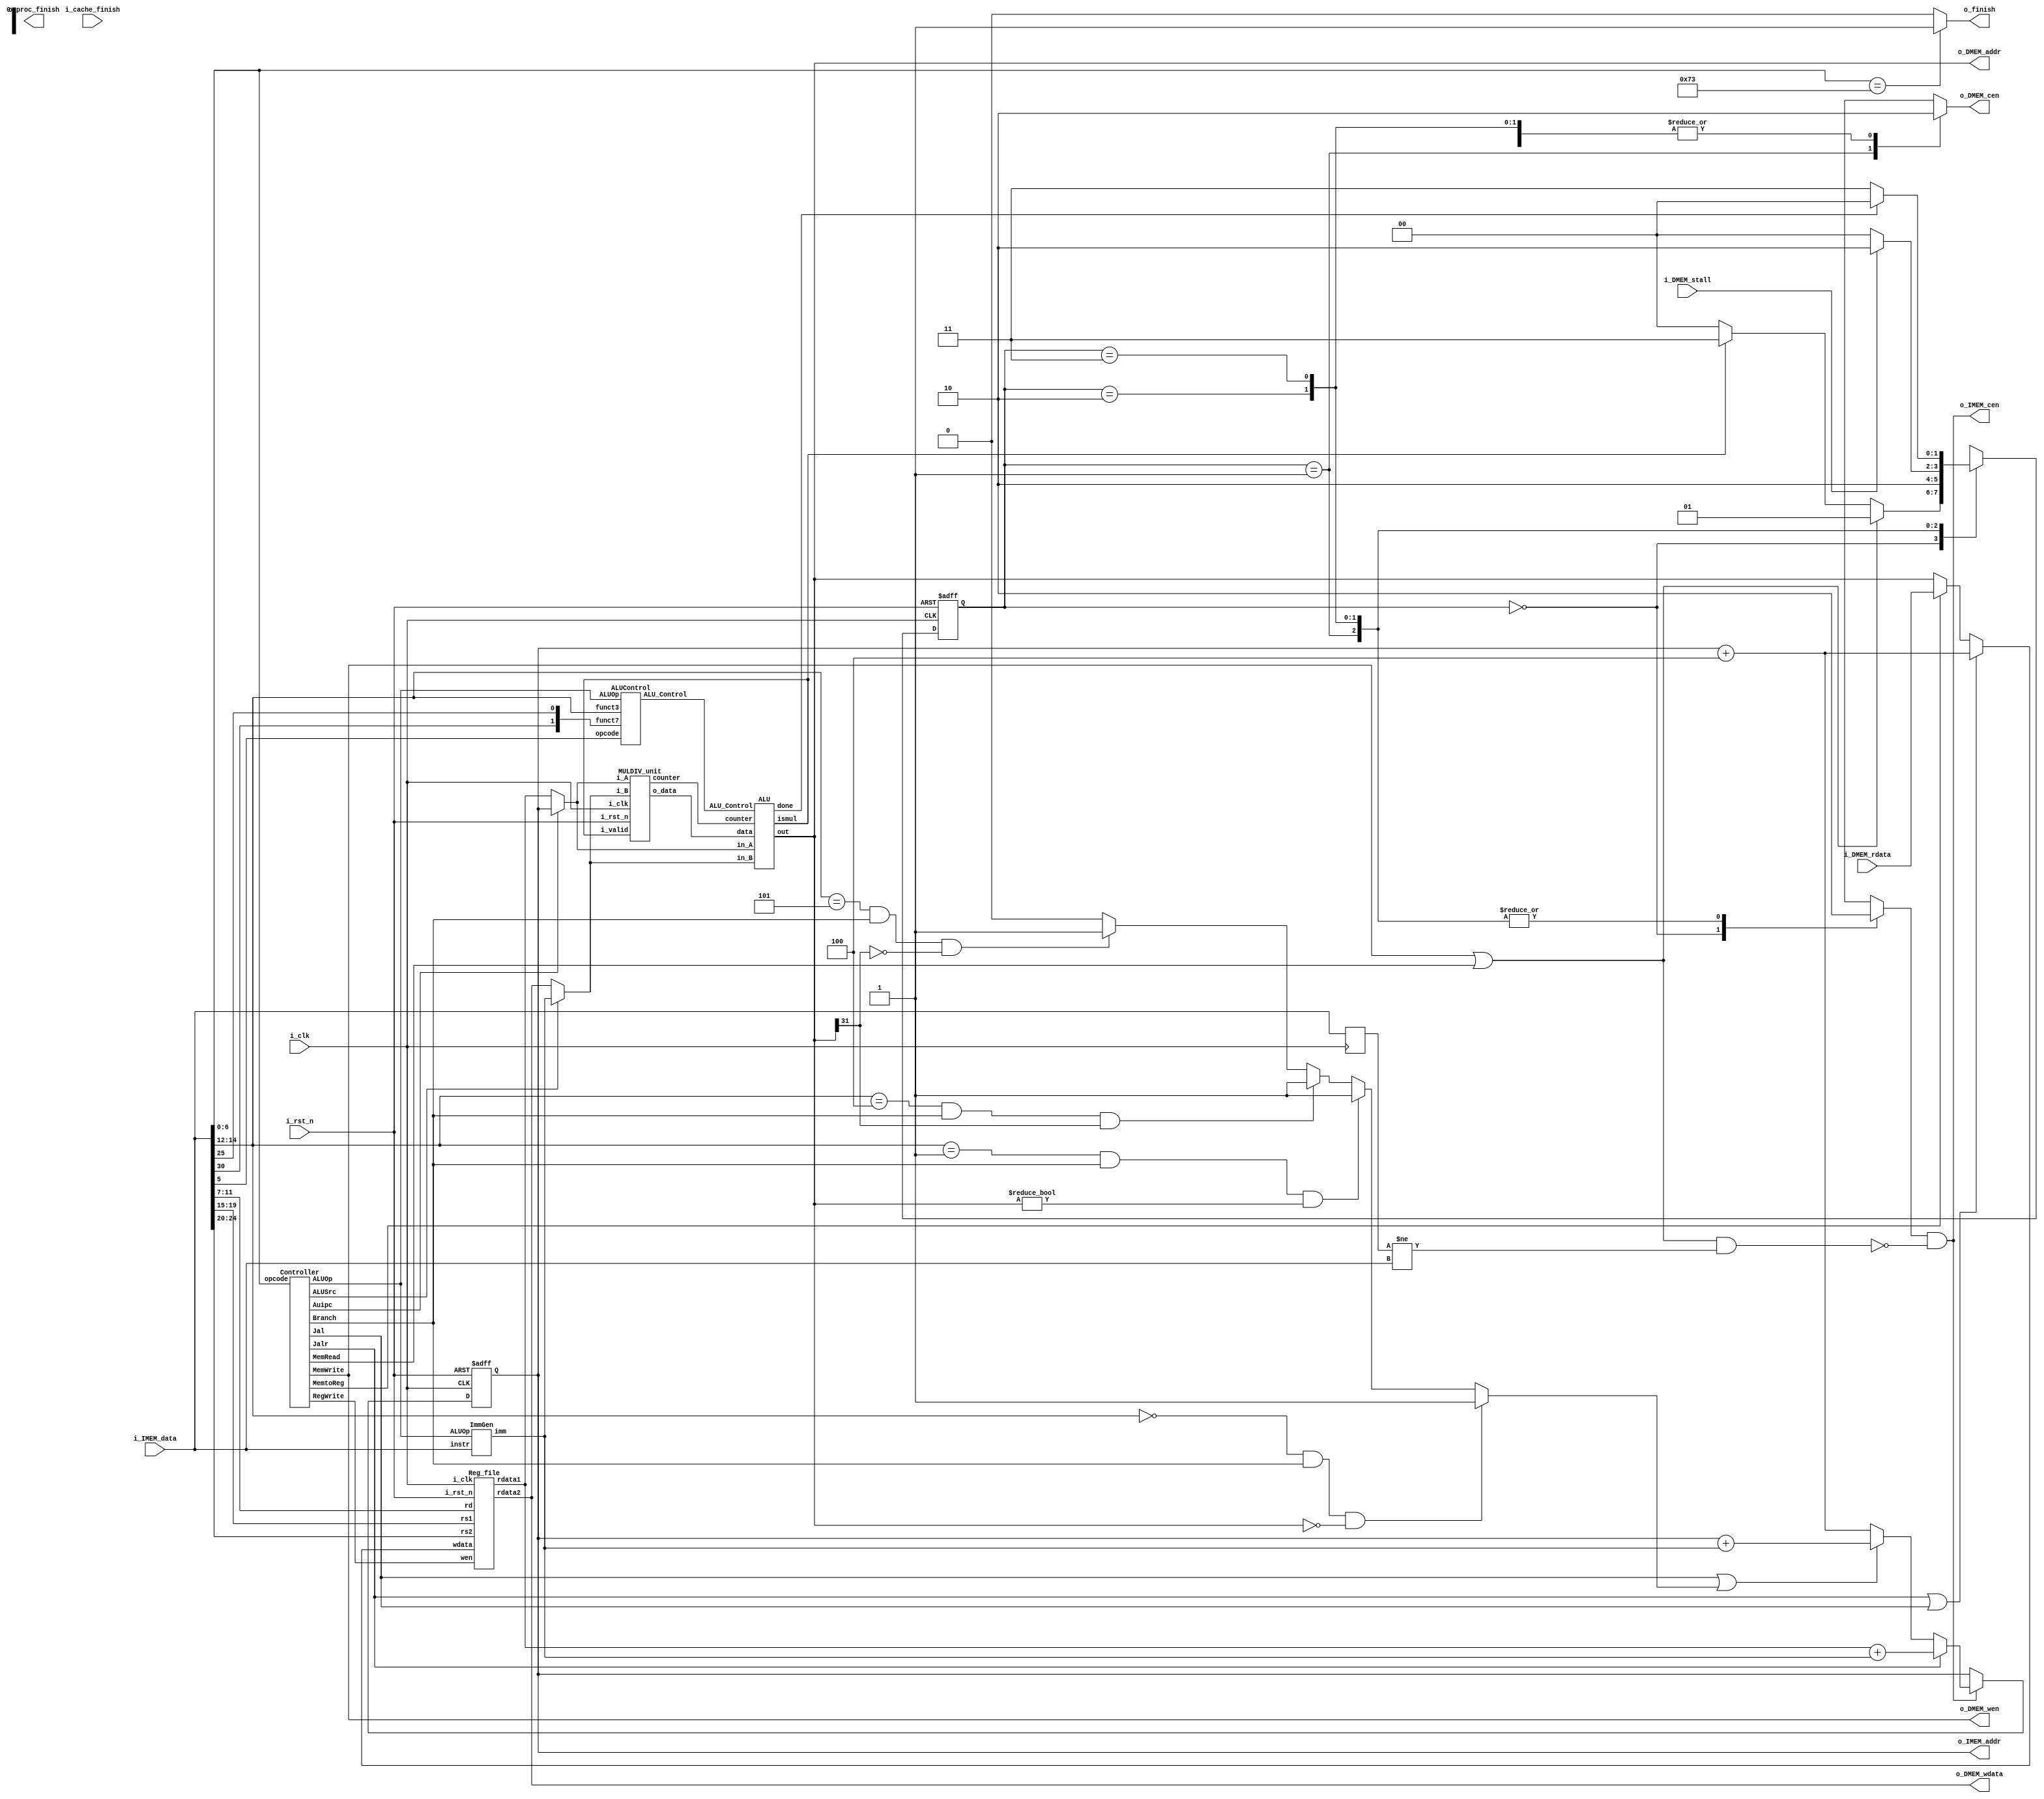
//----------------------------- DO NOT MODIFY THE I/O INTERFACE!! ------------------------------//
module CHIP #(                                                                                  //
    parameter BIT_W = 32                                                                        //
)(                                                                                              //
    // clock                                                                                    //
        input               i_clk,                                                              //
        input               i_rst_n,                                                            //
    // instruction memory                                                                       //
        input  [BIT_W-1:0]  i_IMEM_data,                                                        //
        output [BIT_W-1:0]  o_IMEM_addr,                                                        //
        output              o_IMEM_cen,                                                         //
    // data memory                                                                              //
        input               i_DMEM_stall,                                                       //
        input  [BIT_W-1:0]  i_DMEM_rdata,                                                       //
        output              o_DMEM_cen,                                                         //
        output              o_DMEM_wen,                                                         //
        output [BIT_W-1:0]  o_DMEM_addr,                                                        //
        output [BIT_W-1:0]  o_DMEM_wdata,                                                       //
    // finnish procedure                                                                        //
        output              o_finish,                                                           //
    // cache                                                                                    //
        input               i_cache_finish,                                                     //
        output              o_proc_finish                                                       //
);                                                                                              //
//----------------------------- DO NOT MODIFY THE I/O INTERFACE!! ------------------------------//

// ------------------------------------------------------------------------------------------------------------------------------------------------------
// Parameters
// ------------------------------------------------------------------------------------------------------------------------------------------------------

    // TODO: any declaration

// ------------------------------------------------------------------------------------------------------------------------------------------------------
// Wires and Registers
// ------------------------------------------------------------------------------------------------------------------------------------------------------
    
    // TODO: any declaration
    reg [BIT_W-1:0] PC, PC_plus4, PC_plusimm, PC_branch, PC_nxt;
    reg [1:0] state, state_nxt;
    reg dcen,icen;
    reg [31:0] instruc_delay;
    reg fin_sig;
    
    
    wire [BIT_W-1:0] mem_addr, mem_wdata, mem_rdata;
    wire alusrc,memtoreg,regwrite,memread,memwrite,branch,jal,jalr,auipc;
    wire [1:0] aluop;
    wire [31:0] imm;
    wire [2:0] alu_control;
    wire [31:0] in_A,in_B;
    wire [31:0] rd1;
    wire [31:0] MtoR,wd,MtoR_nxt;
    wire jump;
    wire block;
    wire [6:0] counter;
    wire alu_mul;
    wire [63:0] o_data;
    wire alu_done;
    wire new;

    
    
// ------------------------------------------------------------------------------------------------------------------------------------------------------
// Continuous Assignment
    assign in_A = (auipc)? PC : rd1;
    assign in_B = (alusrc)? imm : o_DMEM_wdata;
    assign MtoR = (memtoreg)? i_DMEM_rdata : o_DMEM_addr;
    assign wd = (jalr | jal)? PC_plus4 : MtoR;
    assign o_IMEM_addr = PC;
    assign jump = (i_IMEM_data[14:12] == 3'b000 && branch ==1 && o_DMEM_addr ==0)? 1: //jump
                  (i_IMEM_data[14:12] == 3'b001 && branch ==1 && o_DMEM_addr !=0)? 1:
                  (i_IMEM_data[14:12] == 3'b100 && branch ==1 && o_DMEM_addr[31] ==1)? 1:
                  (i_IMEM_data[14:12] == 3'b101 && branch ==1 && o_DMEM_addr[31] ==0)? 1:0;
    assign o_DMEM_wen = memwrite;
    assign o_IMEM_cen = icen&(~block);
    assign o_DMEM_cen = dcen;
    assign block = (memwrite | memread)&(new);
    assign new = (instruc_delay != i_IMEM_data);
    assign o_finish = fin_sig;

    

// ------------------------------------------------------------------------------------------------------------------------------------------------------

    // TODO: any wire assignment

// ------------------------------------------------------------------------------------------------------------------------------------------------------
// Submoddules

    ImmGen imm_gen_unit(
        .instr(i_IMEM_data), 
        .ALUOp(aluop), 
        .imm(imm)
    );

    Controller control_unit(
        .opcode(i_IMEM_data[6:0]), 
        .ALUSrc(alusrc), 
        .MemtoReg(memtoreg), 
        .RegWrite(regwrite), 
        .MemRead(memread), 
        .MemWrite(memwrite), 
        .Branch(branch), 
        .Jal(jal), 
        .Jalr(jalr),
        .ALUOp(aluop),
        .Auipc(auipc)
    );

    ALUControl alu_control_unit(
        .ALUOp(aluop), 
        .funct7({i_IMEM_data[30],i_IMEM_data[25]}), 
        .funct3(i_IMEM_data[14:12]), 
        .opcode(i_IMEM_data[5]),
        .ALU_Control(alu_control)
    );

    ALU alu_unit(
        .ALU_Control(alu_control), 
        .in_A(in_A), 
        .in_B(in_B), 
        .out(o_DMEM_addr),
        .counter(counter),
        .data(o_data),
        .done(alu_done),
        .ismul(alu_mul)
    );


    MULDIV_unit mul(
        .i_clk(i_clk), 
        .i_rst_n(i_rst_n), 
        .i_valid(alu_mul), 
        .i_A(in_A), 
        .i_B(in_B), 
        .o_data(o_data), 
        .counter(counter)
    );


// ------------------------------------------------------------------------------------------------------------------------------------------------------

    // TODO: Reg_file wire connection
    Reg_file reg0(               
        .i_clk  (i_clk),             
        .i_rst_n(i_rst_n),         
        .wen    (regwrite),          
        .rs1    (i_IMEM_data[19:15]),                
        .rs2    (i_IMEM_data[24:20]),                
        .rd     (i_IMEM_data[11:7]),                 
        .wdata  (wd),             
        .rdata1 (rd1),           
        .rdata2 (o_DMEM_wdata)
    );

// ------------------------------------------------------------------------------------------------------------------------------------------------------
// Always Blocks
    // FSM
    always @(*) begin//state handle for mem or not
        case(state)
            2'b00  : begin// IF
                    icen = 1;
                    dcen = 0;
                    if(memwrite | memread) state_nxt = 2'b01;
                    else if(alu_mul) state_nxt = 2'b11;
                    else state_nxt = 2'b00;
                    end
            2'b01   : begin// MEM
                    icen = 0;
                    dcen = 1;
                    state_nxt = 2'b10;       
                    end
            2'b10   : begin// wait for data mem
                    icen = 0;
                    dcen = 0;
                    if(i_DMEM_stall) state_nxt = 2'b10;
                    else state_nxt = 2'b00;  
                    end
            2'b11   : begin// others
                    icen = 0;
                    dcen = 0;
                    if(alu_done) state_nxt = 2'b00;
                    else state_nxt = 2'b11;   
                    end          
            default : begin
                    icen = 0;
                    dcen = 0;
                    state_nxt = 2'b00; 
                    end
        endcase
    end
    always @(*) begin//PC handle next PC and  branch PC
        if(o_IMEM_cen) begin // load instruction
            PC_plus4 = PC + 4;
            PC_plusimm = PC + $signed(imm);
            if(jal || jump) PC_branch = PC_plusimm;
            else PC_branch = PC_plus4;
            if(jalr) PC_nxt = $signed(rd1) + $signed(imm);
            else PC_nxt = PC_branch;
        end
        else begin // not load instruction
            PC_nxt = PC;
            PC_plus4 = PC + 4;
            PC_plusimm = PC + $signed(imm);
            if(jal || jump) PC_branch = PC_plusimm;
            else PC_branch = PC_plus4;
        end

    end

    always @(*) begin
        if (i_IMEM_data[6:0] == 7'b1110011) fin_sig = 1'd1;
        else fin_sig = 1'd0;
    end
// ------------------------------------------------------------------------------------------------------------------------------------------------------
    
    // Todo: any combinational/sequential circuit

    always @(posedge i_clk or negedge i_rst_n) begin
        if (!i_rst_n) begin
            PC <= 32'h00010000; // Do not modify this value!!!
            state <= 2'b00;
        end
        else begin
            PC <= PC_nxt;
            state <= state_nxt;
        end
    end


    always @(posedge i_clk) begin
        instruc_delay <= i_IMEM_data;
    end


endmodule

module Reg_file(i_clk, i_rst_n, wen, rs1, rs2, rd, wdata, rdata1, rdata2);
   
    parameter BITS = 32;
    parameter word_depth = 32;
    parameter addr_width = 5; // 2^addr_width >= word_depth
    
    input i_clk, i_rst_n, wen; // wen: 0:read | 1:write
    input [BITS-1:0] wdata;
    input [addr_width-1:0] rs1, rs2, rd;

    output [BITS-1:0] rdata1, rdata2;

    reg [BITS-1:0] mem [0:word_depth-1];
    reg [BITS-1:0] mem_nxt [0:word_depth-1];

    integer i;

    assign rdata1 = mem[rs1];
    assign rdata2 = mem[rs2];

    always @(*) begin
        for (i=0; i<word_depth; i=i+1) 
            mem_nxt[i] = (wen && (rd == i)) ? wdata : mem[i];
    end

    always @(posedge i_clk or negedge i_rst_n) begin
        if (!i_rst_n) begin
            mem[0] <= 0;
            for (i=1; i<word_depth; i=i+1) begin
                case(i)
                    32'd2: mem[i] <= 32'hbffffff0;
                    32'd3: mem[i] <= 32'h10008000;
                    default: mem[i] <= 32'h0;
                endcase
            end
        end
        else begin
            mem[0] <= 0;
            for (i=1; i<word_depth; i=i+1)
                mem[i] <= mem_nxt[i];
        end       
    end
endmodule

module MULDIV_unit(i_clk, i_rst_n, i_valid, i_A, i_B, o_data, counter);
    input          i_clk;
    input          i_rst_n;
    input          i_valid;
    input  [31:0]  i_A;
    input  [31:0]  i_B;
    output [63:0]  o_data;
    output reg [6:0] counter;
    // Parameters
    // ======== choose your FSM style ==========
    // 1. FSM based on operation cycles
    parameter S_IDLE           = 2'd0;
    parameter S_MULTI_CYCLE_OP = 2'd1;

// Wires & Regs
    // Todo
    reg [6:0] counter_nxt;
    reg [63:0] ans;
    reg [63:0] ans_nxt;
    // state
    reg  [         1: 0] state, state_nxt; // remember to expand the bit width if you want to add more states!
    // load input
    reg  [  31: 0] operand_a, operand_a_nxt;
    reg  [  31: 0] operand_b, operand_b_nxt;

// Wire Assignments
    // Todo
    assign o_data = ans;
// Always Combination
    // load input
    always @(*) begin
        if (i_valid) begin
            operand_a_nxt = i_A;
            operand_b_nxt = i_B;
        end
        else begin
            operand_a_nxt = operand_a;
            operand_b_nxt = operand_b;
        end
    end
    // Todo: FSM
    always @(*) begin
        case(state)
            S_IDLE           : 
            begin
                if (i_valid == 1)
                begin
                    state_nxt = S_MULTI_CYCLE_OP;
                end
                else state_nxt = state;
            end
            S_MULTI_CYCLE_OP : state_nxt = (counter == 6'd32)? S_IDLE : S_MULTI_CYCLE_OP;
            default : state_nxt = state;
        endcase
    end
    // Todo: Counter
    always @(*)
    begin
        if (state == S_IDLE) counter_nxt = 6'd0;
        else counter_nxt = counter + 1;
    end
    // Todo: ALU output
    always @(*)
    begin
        if (state == S_MULTI_CYCLE_OP) begin
            if (counter == 0)
            begin
                ans_nxt[30:0] = operand_a[31:1];
                if (operand_a[0] == 1) 
                begin
                    ans_nxt[62:31] = operand_b;
                    ans_nxt[63] = 1'd0;
                end
                else ans_nxt[63:31] = 33'd0;
            end

            else
            begin
                ans_nxt[62:0] = ans[63:1];
                if (ans[0] == 1) ans_nxt[63:31] = ans[63:32] + operand_b;
                else 
                begin
                    ans_nxt[63] = 1'd0;
                end
            end
        end
        else ans_nxt = 64'd0;
        
    end
    // Todo: output valid signal
    

    // Todo: Sequential always block
    always @(posedge i_clk or negedge i_rst_n) begin
        if (!i_rst_n) begin
            state       <= S_IDLE;
            operand_a   <= 0;
            operand_b   <= 0;
        end
        else begin
            state       <= state_nxt;
            operand_a   <= operand_a_nxt;
            operand_b   <= operand_b_nxt;
            counter     <= counter_nxt;
            ans <= ans_nxt;
        end
    end
endmodule



module Cache#(
        parameter BIT_W = 32,
        parameter ADDR_W = 32
    )(
        input i_clk,
        input i_rst_n,
        // processor interface
            input i_proc_cen,
            input i_proc_wen,
            input [ADDR_W-1:0] i_proc_addr,
            input [BIT_W-1:0]  i_proc_wdata,
            output [BIT_W-1:0] o_proc_rdata,
            output o_proc_stall,
            input i_proc_finish,
            output o_cache_finish,
        // memory interface
            output o_mem_cen,
            output o_mem_wen,
            output [ADDR_W-1:0] o_mem_addr,
            output [BIT_W*4-1:0]  o_mem_wdata,
            input [BIT_W*4-1:0] i_mem_rdata,
            input i_mem_stall,
            output o_cache_available,
        // others
        input  [ADDR_W-1: 0] i_offset
    );

    assign o_cache_available = 0; // change this value to 1 if the cache is implemented

    //------------------------------------------//
    //          default connection              //
    assign o_mem_cen = i_proc_cen;              //
    assign o_mem_wen = i_proc_wen;              //
    assign o_mem_addr = i_proc_addr;            //
    assign o_mem_wdata = i_proc_wdata;          //
    assign o_proc_rdata = i_mem_rdata[0+:BIT_W];//
    assign o_proc_stall = i_mem_stall;          //
    //------------------------------------------//

    // Todo: BONUS

endmodule



module ImmGen(instr, ALUOp, imm);
    input      [31:0] instr;
    input      [1:0]  ALUOp;
    output reg [31:0] imm;

    always @(*) begin      
        case(ALUOp)
            2'b10: imm = {{20{instr[31]}}, instr[31:20]}; // I-type
            2'b01: imm = {{20{instr[31]}}, instr[7], instr[30:25], instr[11:8], 1'b0}; // beq, bne, blt, bge
            2'b00: begin
                case(instr[6:0])
                    7'b0000011: imm = {{20{instr[31]}}, instr[31:20]}; // lw
                    7'b0100011: imm = {{20{instr[31]}}, instr[31:25], instr[11:7]}; // sw
                    7'b1101111: imm = {{12{instr[31]}}, instr[19:12], instr[20], instr[30:21], 1'b0}; // jal
                    7'b1100111: imm = {{20{instr[31]}}, instr[31:20]}; // jalr
                    7'b0010111: imm = {instr[31:12],12'b0}; // auipc
                    default: imm = 32'b0;
                endcase
            end
            default: imm = 32'b0;
        endcase
    end
endmodule

module Controller(opcode, ALUSrc, MemtoReg, RegWrite, MemRead, MemWrite, Branch, Jal, Jalr, ALUOp, Auipc);
    input  [6:0] opcode;
    output       ALUSrc, MemtoReg, RegWrite, MemRead, MemWrite, Branch, Jal, Jalr, Auipc;
    output [1:0] ALUOp;
    reg    [10:0] control;

    assign {ALUSrc, MemtoReg, RegWrite, MemRead, MemWrite, Branch, Jal, Jalr, ALUOp, Auipc} = control;

    always @(*) begin

        control = 11'b00000000000;
        case(opcode)
            7'b0110011: control = 11'b00100000100; // R-type
            7'b0010011: control = 11'b10100000100; // I-type
            7'b0000011: control = 11'b11110000000; // lw
            7'b0100011: control = 11'b10001000000; // sw
            7'b1100011: control = 11'b00000100010; // beq, bne, blt, bge
            7'b1101111: control = 11'b10100010000; // jal
            7'b1100111: control = 11'b10100001000; // jalr
            7'b0010111: control = 11'b10100000001; // auipc
            default : control = 11'd0;
        endcase
    end
endmodule

module ALUControl(ALUOp, funct7, funct3, opcode, ALU_Control);
    input      [1:0] ALUOp, funct7;
    input      [2:0] funct3;
    input            opcode;
    output reg [2:0] ALU_Control;

    always @(*) begin
        case(ALUOp)
            2'b00: ALU_Control = 3'b000; // add
            2'b01: ALU_Control = 3'b001; // sub
            2'b10: begin
                if(opcode) begin
                    case(funct3)
                        3'b000: begin
                            if(funct7 == 2'b00) begin // add
                                ALU_Control = 3'b000;
                            end
                            else if(funct7 == 2'b10) begin
                                ALU_Control = 3'b001;
                            end
                            else begin
                                ALU_Control = 3'b011;
                            end
                        end
                        3'b111: ALU_Control = 3'b010; // and
                        3'b100: ALU_Control = 3'b100; // xor
                        default: ALU_Control = 3'b000;
                    endcase
                end
                else begin
                    case(funct3)
                        3'b000: ALU_Control = 3'b000; // add
                        3'b001: ALU_Control = 3'b101; // sll
                        3'b101: ALU_Control = 3'b110; // sra
                        3'b010: ALU_Control = 3'b111; // slt
                        default: ALU_Control = 3'b000;
                    endcase

                end
            end
            default: ALU_Control = 3'b000;
        endcase
    end
endmodule

module ALU(ALU_Control, in_A, in_B, out, counter, data, done, ismul);
    input      [2:0]  ALU_Control;
    input      [31:0] in_A, in_B;
    input      [6:0]  counter;
    input      [63:0] data;
    output reg [31:0] out;
    output reg        done;
    output            ismul;  

    reg mul;

    assign ismul = mul; 
    always @(*) begin
        out = 32'b0;
        case(ALU_Control)
            3'b000: begin
                out = $signed(in_A) + $signed(in_B); // add
                mul = 1'b0;
                done = 1'b1;
            end
            3'b001: begin
                out = $signed(in_A) - $signed(in_B); // sub
                mul = 1'b0;
                done = 1'b1;
            end
            3'b010: begin
                out = in_A & in_B; // and
                mul = 1'b0;
                done = 1'b1;
            end
            3'b011: begin
                out = data[31:0]; // mul
                if(counter==32) done = 1'b1;
                else done = 1'b0;  
                mul = 1'b1;    
            end
            3'b100: begin
                out = in_A ^ in_B; // xor
                mul = 1'b0;
                done = 1'b1;
            end
            3'b101: begin
                out = in_A << $signed(in_B[4:0]); // slli
                mul = 1'b0;
                done = 1'b1;
            end
            3'b110: begin
                out = in_A >>> $signed(in_B[4:0]); // srai
                mul = 1'b0;
                done = 1'b1;
            end
            3'b111: begin
                if($signed(in_A) < $signed(in_B)) begin // slti
                    out = 1;
                end
                else begin
                    out = 0;
                end
                mul = 1'b0;
                done = 1'b1;
                
            end
        endcase
    end
endmodule